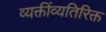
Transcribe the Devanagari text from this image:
व्यक्तींव्यतिरिक्त